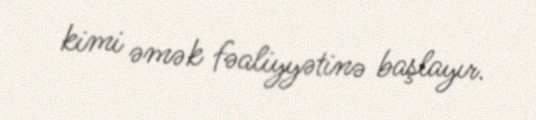
kimi əmək fəaliyyətinə başlayır.